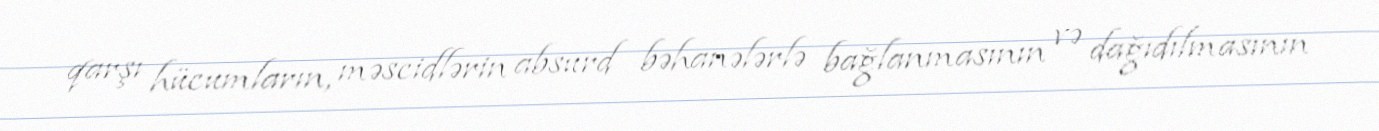
qarşı hücumların, məscidlərin absurd bəhanələrlə bağlanmasının və dağıdılmasının